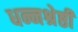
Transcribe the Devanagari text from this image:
धन्नश्रेष्ठी